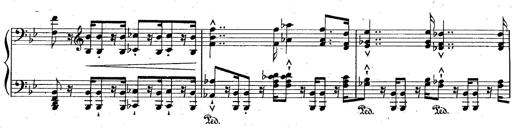
Title: La Marseillaise
Composer: Franz Liszt
Key: B-flat major